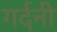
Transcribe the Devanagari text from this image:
गर्दनी